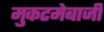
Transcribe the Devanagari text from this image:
मुकटमेबाजी